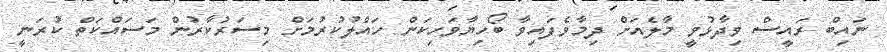
ނައިބް ރައީސް ވިދާޅުވީ މާލެއަށް ދިމާވެފައިވާ ބޯހިޔާވަހިކަން ހައްލުކުރުމަށް މިސަރުކާރުން މަސައްކަތް ކުރަނީ